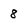
Character: 8